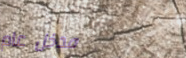
مدخل عام